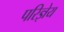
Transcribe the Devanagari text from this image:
परिज्ञेय